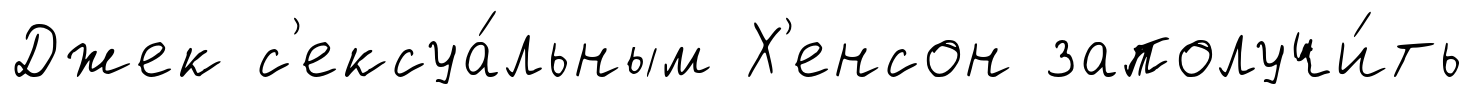
Джек с'ексуа́льным Х'енсон заполучи́ть